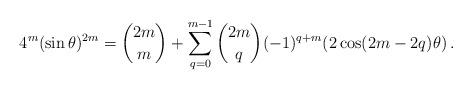
LaTeX: \begin{align*}4^m(\sin\theta)^{2m}=\binom{2m}{m}+\sum_{q=0}^{m-1}\binom{2m}{q}(-1)^{q+m}(2\cos(2m-2q)\theta)\,.\end{align*}